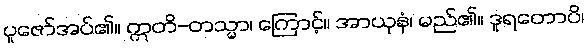
ပူဇော်အပ်၏။ ဣတိ-တသ္မာ၊ ကြောင့်။ အာယုနံ၊ မည်၏။ ဒူရတောပိ၊